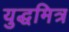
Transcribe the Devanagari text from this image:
युद्धमित्र